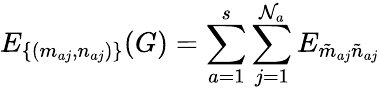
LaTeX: E_{\{ (m_{aj},n_{aj})\} }(G)=\sum_{a=1}^{s}\sum_{j=1}^{\mathcal{N}_{a}}E_{\tilde{{m}}_{aj}\tilde{{n}}_{aj}}